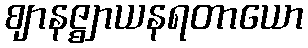
ဈာနဇ္ဈာယနရတာယော